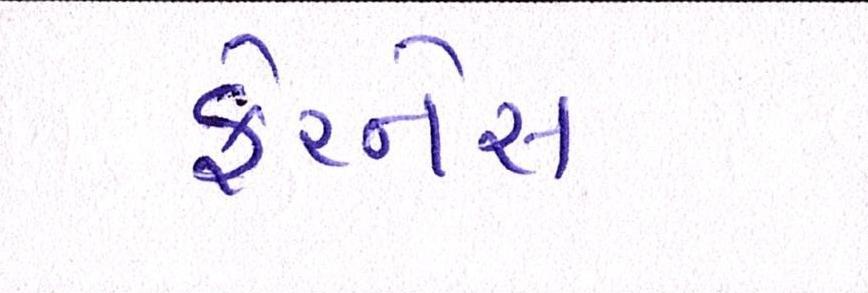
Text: ફેરનેસ